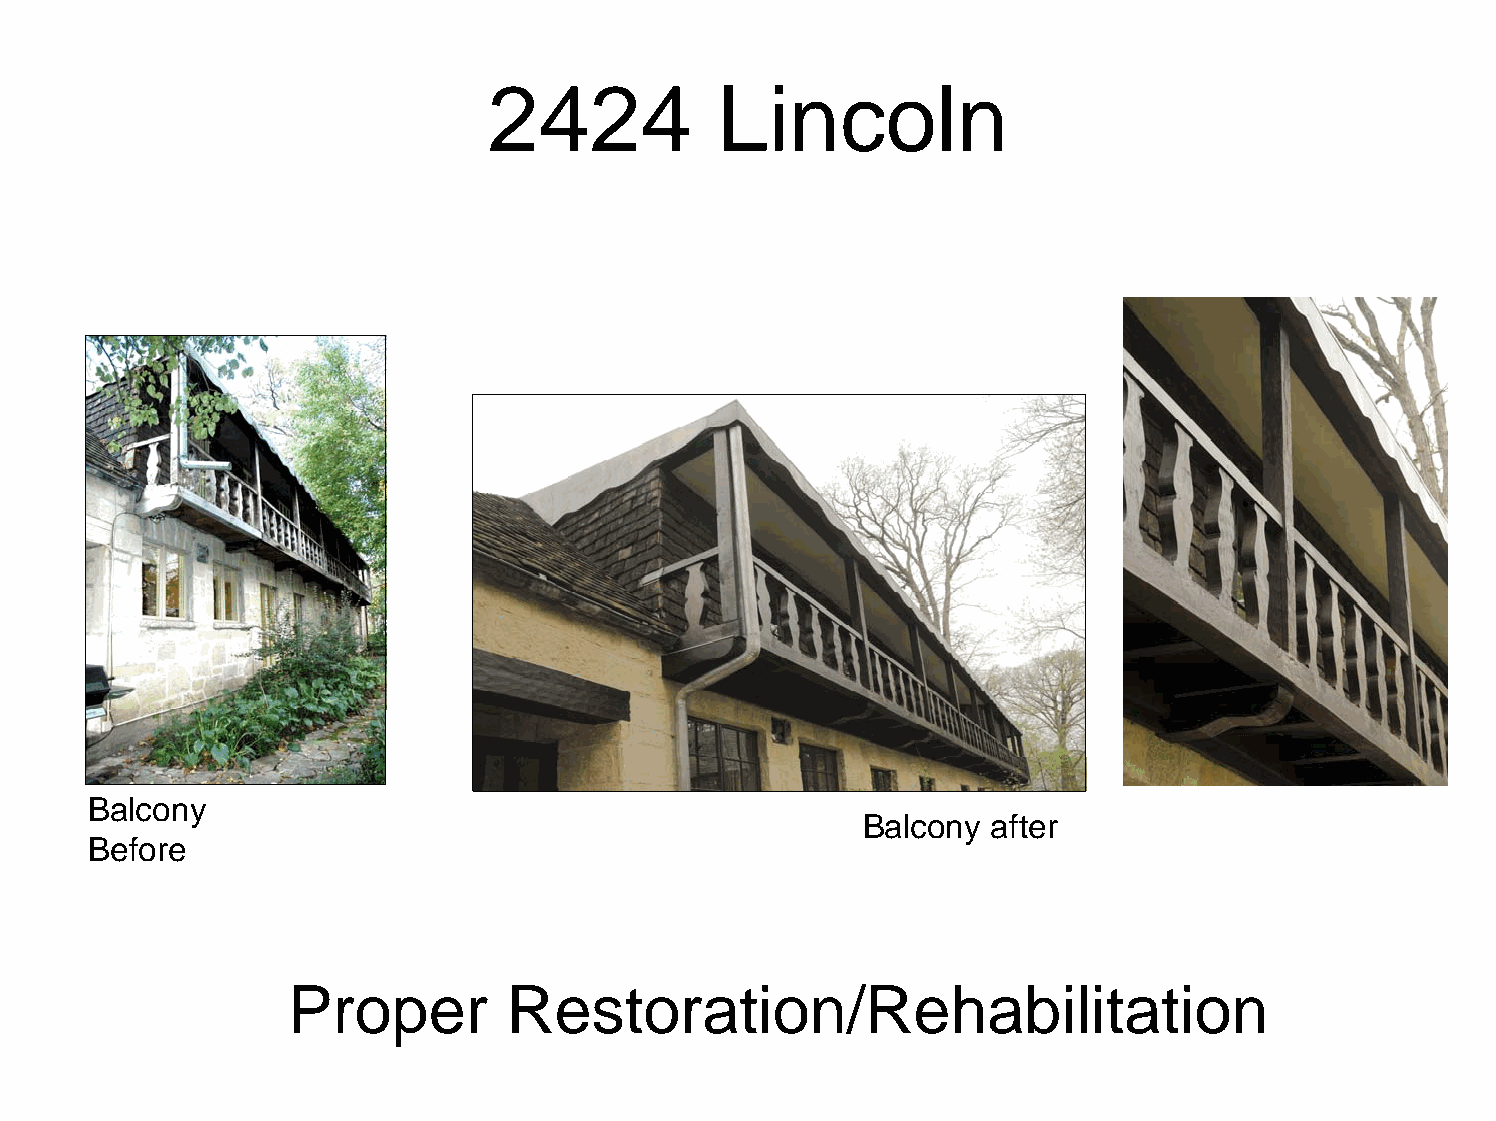
2424            Lincoln
 Balcony
 Balcony  after
 Before
 Proper         Restoration/Rehabilitation